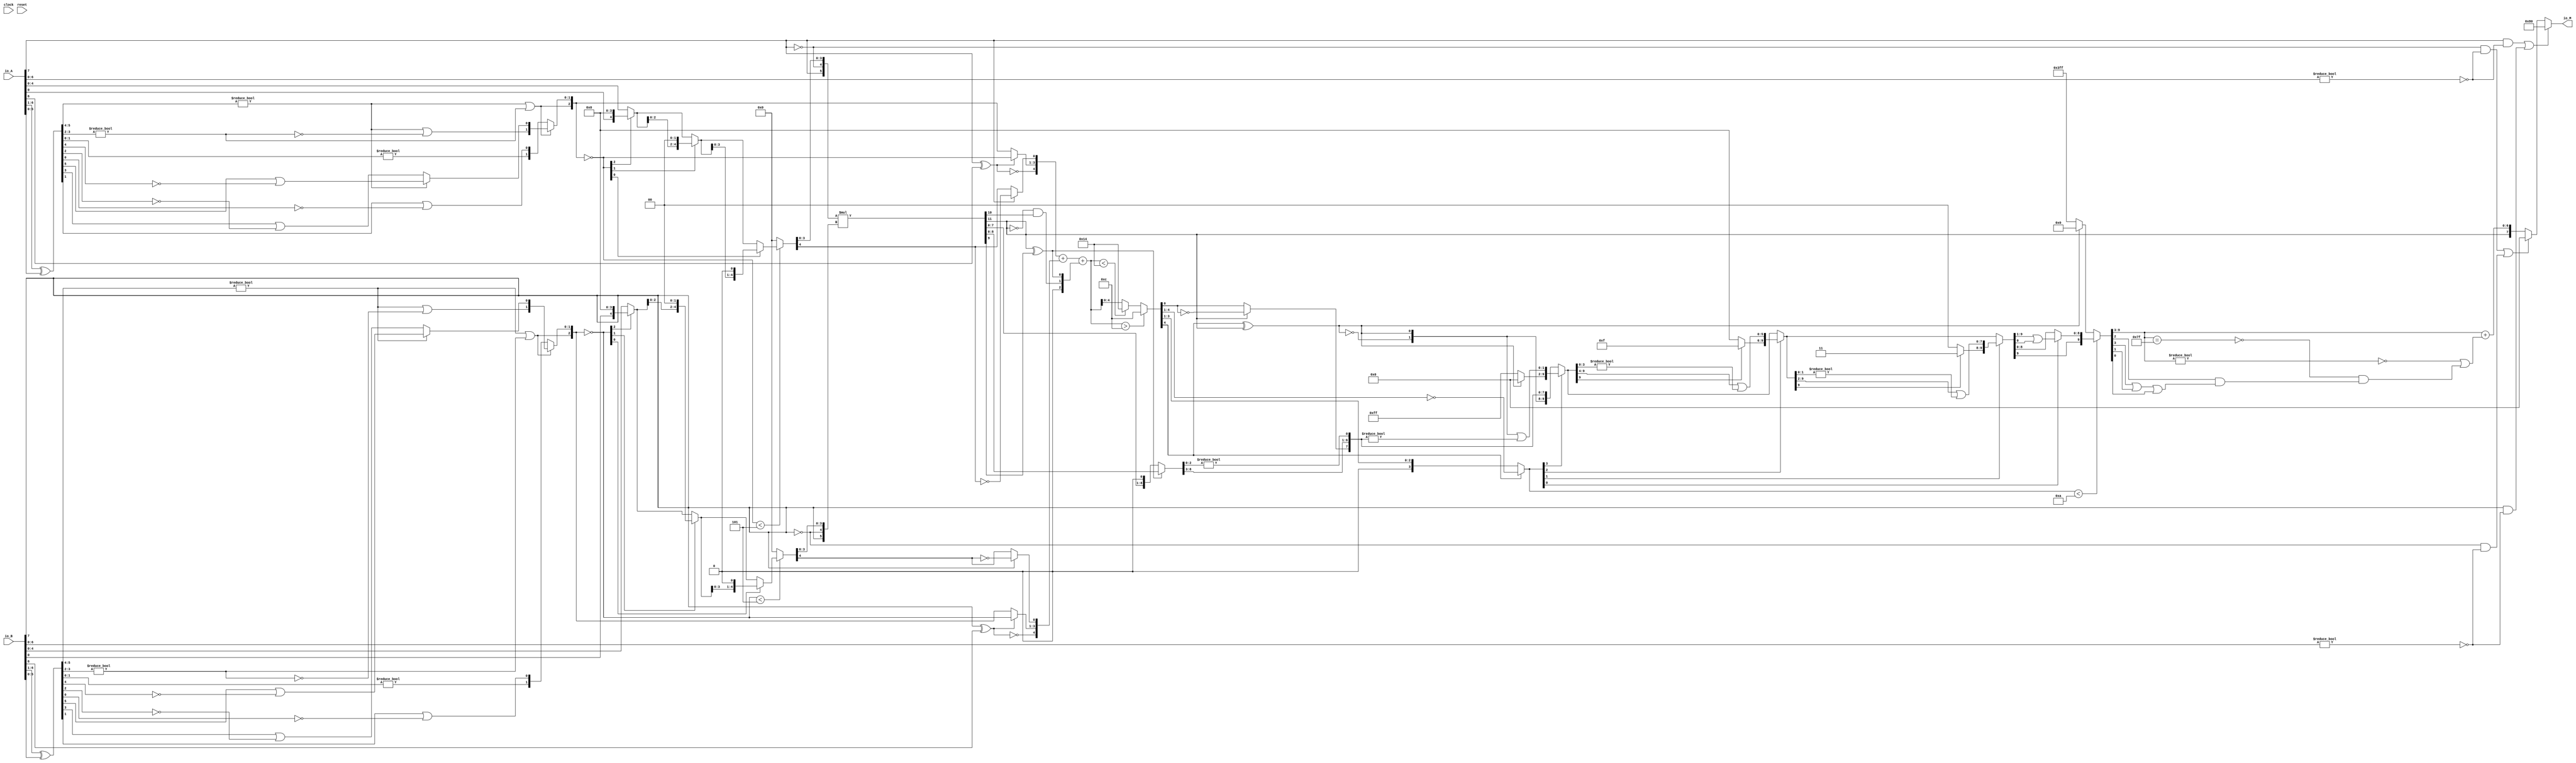
module PositMultiplier8_1(
  input        clock,
  input        reset,
  input  [7:0] io_A,
  input  [7:0] io_B,
  output [7:0] io_M
);
  wire  _T_1; // @[convert.scala 18:24]
  wire  _T_2; // @[convert.scala 18:40]
  wire  _T_3; // @[convert.scala 18:36]
  wire [5:0] _T_4; // @[convert.scala 19:24]
  wire [5:0] _T_5; // @[convert.scala 19:43]
  wire [5:0] _T_6; // @[convert.scala 19:39]
  wire [3:0] _T_7; // @[LZD.scala 43:32]
  wire [1:0] _T_8; // @[LZD.scala 43:32]
  wire  _T_9; // @[LZD.scala 39:14]
  wire  _T_10; // @[LZD.scala 39:21]
  wire  _T_11; // @[LZD.scala 39:30]
  wire  _T_12; // @[LZD.scala 39:27]
  wire  _T_13; // @[LZD.scala 39:25]
  wire [1:0] _T_14; // @[Cat.scala 29:58]
  wire [1:0] _T_15; // @[LZD.scala 44:32]
  wire  _T_16; // @[LZD.scala 39:14]
  wire  _T_17; // @[LZD.scala 39:21]
  wire  _T_18; // @[LZD.scala 39:30]
  wire  _T_19; // @[LZD.scala 39:27]
  wire  _T_20; // @[LZD.scala 39:25]
  wire [1:0] _T_21; // @[Cat.scala 29:58]
  wire  _T_22; // @[Shift.scala 12:21]
  wire  _T_23; // @[Shift.scala 12:21]
  wire  _T_24; // @[LZD.scala 49:16]
  wire  _T_25; // @[LZD.scala 49:27]
  wire  _T_26; // @[LZD.scala 49:25]
  wire  _T_27; // @[LZD.scala 49:47]
  wire  _T_28; // @[LZD.scala 49:59]
  wire  _T_29; // @[LZD.scala 49:35]
  wire [2:0] _T_31; // @[Cat.scala 29:58]
  wire [1:0] _T_32; // @[LZD.scala 44:32]
  wire  _T_33; // @[LZD.scala 39:14]
  wire  _T_34; // @[LZD.scala 39:21]
  wire  _T_35; // @[LZD.scala 39:30]
  wire  _T_36; // @[LZD.scala 39:27]
  wire  _T_37; // @[LZD.scala 39:25]
  wire [1:0] _T_38; // @[Cat.scala 29:58]
  wire  _T_39; // @[Shift.scala 12:21]
  wire [1:0] _T_41; // @[LZD.scala 55:32]
  wire [1:0] _T_42; // @[LZD.scala 55:20]
  wire [2:0] _T_43; // @[Cat.scala 29:58]
  wire [2:0] _T_44; // @[convert.scala 21:22]
  wire [4:0] _T_45; // @[convert.scala 22:36]
  wire  _T_46; // @[Shift.scala 16:24]
  wire  _T_48; // @[Shift.scala 12:21]
  wire  _T_49; // @[Shift.scala 64:52]
  wire [4:0] _T_51; // @[Cat.scala 29:58]
  wire [4:0] _T_52; // @[Shift.scala 64:27]
  wire [1:0] _T_53; // @[Shift.scala 66:70]
  wire  _T_54; // @[Shift.scala 12:21]
  wire [2:0] _T_55; // @[Shift.scala 64:52]
  wire [4:0] _T_57; // @[Cat.scala 29:58]
  wire [4:0] _T_58; // @[Shift.scala 64:27]
  wire  _T_59; // @[Shift.scala 66:70]
  wire [3:0] _T_61; // @[Shift.scala 64:52]
  wire [4:0] _T_62; // @[Cat.scala 29:58]
  wire [4:0] _T_63; // @[Shift.scala 64:27]
  wire [4:0] _T_64; // @[Shift.scala 16:10]
  wire  _T_65; // @[convert.scala 23:34]
  wire [3:0] decA_fraction; // @[convert.scala 24:34]
  wire  _T_67; // @[convert.scala 25:26]
  wire [2:0] _T_69; // @[convert.scala 25:42]
  wire  _T_72; // @[convert.scala 26:67]
  wire  _T_73; // @[convert.scala 26:51]
  wire [4:0] _T_74; // @[Cat.scala 29:58]
  wire [6:0] _T_76; // @[convert.scala 29:56]
  wire  _T_77; // @[convert.scala 29:60]
  wire  _T_78; // @[convert.scala 29:41]
  wire  decA_isNaR; // @[convert.scala 29:39]
  wire  _T_81; // @[convert.scala 30:19]
  wire  decA_isZero; // @[convert.scala 30:41]
  wire [4:0] decA_scale; // @[convert.scala 32:24]
  wire  _T_90; // @[convert.scala 18:24]
  wire  _T_91; // @[convert.scala 18:40]
  wire  _T_92; // @[convert.scala 18:36]
  wire [5:0] _T_93; // @[convert.scala 19:24]
  wire [5:0] _T_94; // @[convert.scala 19:43]
  wire [5:0] _T_95; // @[convert.scala 19:39]
  wire [3:0] _T_96; // @[LZD.scala 43:32]
  wire [1:0] _T_97; // @[LZD.scala 43:32]
  wire  _T_98; // @[LZD.scala 39:14]
  wire  _T_99; // @[LZD.scala 39:21]
  wire  _T_100; // @[LZD.scala 39:30]
  wire  _T_101; // @[LZD.scala 39:27]
  wire  _T_102; // @[LZD.scala 39:25]
  wire [1:0] _T_103; // @[Cat.scala 29:58]
  wire [1:0] _T_104; // @[LZD.scala 44:32]
  wire  _T_105; // @[LZD.scala 39:14]
  wire  _T_106; // @[LZD.scala 39:21]
  wire  _T_107; // @[LZD.scala 39:30]
  wire  _T_108; // @[LZD.scala 39:27]
  wire  _T_109; // @[LZD.scala 39:25]
  wire [1:0] _T_110; // @[Cat.scala 29:58]
  wire  _T_111; // @[Shift.scala 12:21]
  wire  _T_112; // @[Shift.scala 12:21]
  wire  _T_113; // @[LZD.scala 49:16]
  wire  _T_114; // @[LZD.scala 49:27]
  wire  _T_115; // @[LZD.scala 49:25]
  wire  _T_116; // @[LZD.scala 49:47]
  wire  _T_117; // @[LZD.scala 49:59]
  wire  _T_118; // @[LZD.scala 49:35]
  wire [2:0] _T_120; // @[Cat.scala 29:58]
  wire [1:0] _T_121; // @[LZD.scala 44:32]
  wire  _T_122; // @[LZD.scala 39:14]
  wire  _T_123; // @[LZD.scala 39:21]
  wire  _T_124; // @[LZD.scala 39:30]
  wire  _T_125; // @[LZD.scala 39:27]
  wire  _T_126; // @[LZD.scala 39:25]
  wire [1:0] _T_127; // @[Cat.scala 29:58]
  wire  _T_128; // @[Shift.scala 12:21]
  wire [1:0] _T_130; // @[LZD.scala 55:32]
  wire [1:0] _T_131; // @[LZD.scala 55:20]
  wire [2:0] _T_132; // @[Cat.scala 29:58]
  wire [2:0] _T_133; // @[convert.scala 21:22]
  wire [4:0] _T_134; // @[convert.scala 22:36]
  wire  _T_135; // @[Shift.scala 16:24]
  wire  _T_137; // @[Shift.scala 12:21]
  wire  _T_138; // @[Shift.scala 64:52]
  wire [4:0] _T_140; // @[Cat.scala 29:58]
  wire [4:0] _T_141; // @[Shift.scala 64:27]
  wire [1:0] _T_142; // @[Shift.scala 66:70]
  wire  _T_143; // @[Shift.scala 12:21]
  wire [2:0] _T_144; // @[Shift.scala 64:52]
  wire [4:0] _T_146; // @[Cat.scala 29:58]
  wire [4:0] _T_147; // @[Shift.scala 64:27]
  wire  _T_148; // @[Shift.scala 66:70]
  wire [3:0] _T_150; // @[Shift.scala 64:52]
  wire [4:0] _T_151; // @[Cat.scala 29:58]
  wire [4:0] _T_152; // @[Shift.scala 64:27]
  wire [4:0] _T_153; // @[Shift.scala 16:10]
  wire  _T_154; // @[convert.scala 23:34]
  wire [3:0] decB_fraction; // @[convert.scala 24:34]
  wire  _T_156; // @[convert.scala 25:26]
  wire [2:0] _T_158; // @[convert.scala 25:42]
  wire  _T_161; // @[convert.scala 26:67]
  wire  _T_162; // @[convert.scala 26:51]
  wire [4:0] _T_163; // @[Cat.scala 29:58]
  wire [6:0] _T_165; // @[convert.scala 29:56]
  wire  _T_166; // @[convert.scala 29:60]
  wire  _T_167; // @[convert.scala 29:41]
  wire  decB_isNaR; // @[convert.scala 29:39]
  wire  _T_170; // @[convert.scala 30:19]
  wire  decB_isZero; // @[convert.scala 30:41]
  wire [4:0] decB_scale; // @[convert.scala 32:24]
  wire  _T_178; // @[PositMultiplier.scala 43:34]
  wire [5:0] _T_180; // @[Cat.scala 29:58]
  wire [5:0] sigA; // @[PositMultiplier.scala 43:61]
  wire  _T_181; // @[PositMultiplier.scala 44:34]
  wire [5:0] _T_183; // @[Cat.scala 29:58]
  wire [5:0] sigB; // @[PositMultiplier.scala 44:61]
  wire [11:0] _T_184; // @[PositMultiplier.scala 45:25]
  wire [11:0] sigP; // @[PositMultiplier.scala 45:33]
  wire [1:0] head2; // @[PositMultiplier.scala 46:28]
  wire  _T_185; // @[PositMultiplier.scala 47:31]
  wire  _T_186; // @[PositMultiplier.scala 47:25]
  wire  _T_187; // @[PositMultiplier.scala 47:42]
  wire  addTwo; // @[PositMultiplier.scala 47:35]
  wire  _T_188; // @[PositMultiplier.scala 49:23]
  wire  _T_189; // @[PositMultiplier.scala 49:49]
  wire  addOne; // @[PositMultiplier.scala 49:43]
  wire [1:0] _T_190; // @[Cat.scala 29:58]
  wire [2:0] expBias; // @[PositMultiplier.scala 50:39]
  wire [8:0] _T_191; // @[PositMultiplier.scala 53:81]
  wire [7:0] _T_192; // @[PositMultiplier.scala 54:81]
  wire [8:0] _T_193; // @[PositMultiplier.scala 54:104]
  wire [8:0] frac; // @[PositMultiplier.scala 51:22]
  wire [5:0] _T_194; // @[PositMultiplier.scala 56:30]
  wire [5:0] _GEN_0; // @[PositMultiplier.scala 56:44]
  wire [5:0] _T_196; // @[PositMultiplier.scala 56:44]
  wire [5:0] mulScale; // @[PositMultiplier.scala 56:44]
  wire  underflow; // @[PositMultiplier.scala 57:28]
  wire  overflow; // @[PositMultiplier.scala 58:28]
  wire  decM_sign; // @[PositMultiplier.scala 62:29]
  wire [5:0] _T_199; // @[Mux.scala 87:16]
  wire [5:0] _T_200; // @[Mux.scala 87:16]
  wire [3:0] decM_fraction; // @[PositMultiplier.scala 70:29]
  wire  decM_isNaR; // @[PositMultiplier.scala 71:31]
  wire  decM_isZero; // @[PositMultiplier.scala 72:32]
  wire [4:0] grsTmp; // @[PositMultiplier.scala 75:30]
  wire [1:0] _T_204; // @[PositMultiplier.scala 78:32]
  wire [2:0] _T_205; // @[PositMultiplier.scala 78:48]
  wire  _T_206; // @[PositMultiplier.scala 78:52]
  wire [4:0] _GEN_1; // @[PositMultiplier.scala 60:23 PositMultiplier.scala 63:17]
  wire [4:0] decM_scale; // @[PositMultiplier.scala 60:23 PositMultiplier.scala 63:17]
  wire  _T_209; // @[convert.scala 46:61]
  wire  _T_210; // @[convert.scala 46:52]
  wire  _T_212; // @[convert.scala 46:42]
  wire [3:0] _T_213; // @[convert.scala 48:34]
  wire  _T_214; // @[convert.scala 49:36]
  wire [3:0] _T_216; // @[convert.scala 50:36]
  wire [3:0] _T_217; // @[convert.scala 50:36]
  wire [3:0] _T_218; // @[convert.scala 50:28]
  wire  _T_219; // @[convert.scala 51:31]
  wire  _T_220; // @[convert.scala 52:43]
  wire [9:0] _T_224; // @[Cat.scala 29:58]
  wire [3:0] _T_225; // @[Shift.scala 39:17]
  wire  _T_226; // @[Shift.scala 39:24]
  wire [1:0] _T_228; // @[Shift.scala 90:30]
  wire [7:0] _T_229; // @[Shift.scala 90:48]
  wire  _T_230; // @[Shift.scala 90:57]
  wire [1:0] _GEN_2; // @[Shift.scala 90:39]
  wire [1:0] _T_231; // @[Shift.scala 90:39]
  wire  _T_232; // @[Shift.scala 12:21]
  wire  _T_233; // @[Shift.scala 12:21]
  wire [7:0] _T_235; // @[Bitwise.scala 71:12]
  wire [9:0] _T_236; // @[Cat.scala 29:58]
  wire [9:0] _T_237; // @[Shift.scala 91:22]
  wire [2:0] _T_238; // @[Shift.scala 92:77]
  wire [5:0] _T_239; // @[Shift.scala 90:30]
  wire [3:0] _T_240; // @[Shift.scala 90:48]
  wire  _T_241; // @[Shift.scala 90:57]
  wire [5:0] _GEN_3; // @[Shift.scala 90:39]
  wire [5:0] _T_242; // @[Shift.scala 90:39]
  wire  _T_243; // @[Shift.scala 12:21]
  wire  _T_244; // @[Shift.scala 12:21]
  wire [3:0] _T_246; // @[Bitwise.scala 71:12]
  wire [9:0] _T_247; // @[Cat.scala 29:58]
  wire [9:0] _T_248; // @[Shift.scala 91:22]
  wire [1:0] _T_249; // @[Shift.scala 92:77]
  wire [7:0] _T_250; // @[Shift.scala 90:30]
  wire [1:0] _T_251; // @[Shift.scala 90:48]
  wire  _T_252; // @[Shift.scala 90:57]
  wire [7:0] _GEN_4; // @[Shift.scala 90:39]
  wire [7:0] _T_253; // @[Shift.scala 90:39]
  wire  _T_254; // @[Shift.scala 12:21]
  wire  _T_255; // @[Shift.scala 12:21]
  wire [1:0] _T_257; // @[Bitwise.scala 71:12]
  wire [9:0] _T_258; // @[Cat.scala 29:58]
  wire [9:0] _T_259; // @[Shift.scala 91:22]
  wire  _T_260; // @[Shift.scala 92:77]
  wire [8:0] _T_261; // @[Shift.scala 90:30]
  wire  _T_262; // @[Shift.scala 90:48]
  wire [8:0] _GEN_5; // @[Shift.scala 90:39]
  wire [8:0] _T_264; // @[Shift.scala 90:39]
  wire  _T_266; // @[Shift.scala 12:21]
  wire [9:0] _T_267; // @[Cat.scala 29:58]
  wire [9:0] _T_268; // @[Shift.scala 91:22]
  wire [9:0] _T_271; // @[Bitwise.scala 71:12]
  wire [9:0] _T_272; // @[Shift.scala 39:10]
  wire  _T_273; // @[convert.scala 55:31]
  wire  _T_274; // @[convert.scala 56:31]
  wire  _T_275; // @[convert.scala 57:31]
  wire  _T_276; // @[convert.scala 58:31]
  wire [6:0] _T_277; // @[convert.scala 59:69]
  wire  _T_278; // @[convert.scala 59:81]
  wire  _T_279; // @[convert.scala 59:50]
  wire  _T_281; // @[convert.scala 60:81]
  wire  _T_282; // @[convert.scala 61:44]
  wire  _T_283; // @[convert.scala 61:52]
  wire  _T_284; // @[convert.scala 61:36]
  wire  _T_285; // @[convert.scala 62:63]
  wire  _T_286; // @[convert.scala 62:103]
  wire  _T_287; // @[convert.scala 62:60]
  wire [6:0] _GEN_6; // @[convert.scala 63:56]
  wire [6:0] _T_290; // @[convert.scala 63:56]
  wire [7:0] _T_291; // @[Cat.scala 29:58]
  wire [7:0] _T_293; // @[Mux.scala 87:16]
  assign _T_1 = io_A[7]; // @[convert.scala 18:24]
  assign _T_2 = io_A[6]; // @[convert.scala 18:40]
  assign _T_3 = _T_1 ^ _T_2; // @[convert.scala 18:36]
  assign _T_4 = io_A[6:1]; // @[convert.scala 19:24]
  assign _T_5 = io_A[5:0]; // @[convert.scala 19:43]
  assign _T_6 = _T_4 ^ _T_5; // @[convert.scala 19:39]
  assign _T_7 = _T_6[5:2]; // @[LZD.scala 43:32]
  assign _T_8 = _T_7[3:2]; // @[LZD.scala 43:32]
  assign _T_9 = _T_8 != 2'h0; // @[LZD.scala 39:14]
  assign _T_10 = _T_8[1]; // @[LZD.scala 39:21]
  assign _T_11 = _T_8[0]; // @[LZD.scala 39:30]
  assign _T_12 = ~ _T_11; // @[LZD.scala 39:27]
  assign _T_13 = _T_10 | _T_12; // @[LZD.scala 39:25]
  assign _T_14 = {_T_9,_T_13}; // @[Cat.scala 29:58]
  assign _T_15 = _T_7[1:0]; // @[LZD.scala 44:32]
  assign _T_16 = _T_15 != 2'h0; // @[LZD.scala 39:14]
  assign _T_17 = _T_15[1]; // @[LZD.scala 39:21]
  assign _T_18 = _T_15[0]; // @[LZD.scala 39:30]
  assign _T_19 = ~ _T_18; // @[LZD.scala 39:27]
  assign _T_20 = _T_17 | _T_19; // @[LZD.scala 39:25]
  assign _T_21 = {_T_16,_T_20}; // @[Cat.scala 29:58]
  assign _T_22 = _T_14[1]; // @[Shift.scala 12:21]
  assign _T_23 = _T_21[1]; // @[Shift.scala 12:21]
  assign _T_24 = _T_22 | _T_23; // @[LZD.scala 49:16]
  assign _T_25 = ~ _T_23; // @[LZD.scala 49:27]
  assign _T_26 = _T_22 | _T_25; // @[LZD.scala 49:25]
  assign _T_27 = _T_14[0:0]; // @[LZD.scala 49:47]
  assign _T_28 = _T_21[0:0]; // @[LZD.scala 49:59]
  assign _T_29 = _T_22 ? _T_27 : _T_28; // @[LZD.scala 49:35]
  assign _T_31 = {_T_24,_T_26,_T_29}; // @[Cat.scala 29:58]
  assign _T_32 = _T_6[1:0]; // @[LZD.scala 44:32]
  assign _T_33 = _T_32 != 2'h0; // @[LZD.scala 39:14]
  assign _T_34 = _T_32[1]; // @[LZD.scala 39:21]
  assign _T_35 = _T_32[0]; // @[LZD.scala 39:30]
  assign _T_36 = ~ _T_35; // @[LZD.scala 39:27]
  assign _T_37 = _T_34 | _T_36; // @[LZD.scala 39:25]
  assign _T_38 = {_T_33,_T_37}; // @[Cat.scala 29:58]
  assign _T_39 = _T_31[2]; // @[Shift.scala 12:21]
  assign _T_41 = _T_31[1:0]; // @[LZD.scala 55:32]
  assign _T_42 = _T_39 ? _T_41 : _T_38; // @[LZD.scala 55:20]
  assign _T_43 = {_T_39,_T_42}; // @[Cat.scala 29:58]
  assign _T_44 = ~ _T_43; // @[convert.scala 21:22]
  assign _T_45 = io_A[4:0]; // @[convert.scala 22:36]
  assign _T_46 = _T_44 < 3'h5; // @[Shift.scala 16:24]
  assign _T_48 = _T_44[2]; // @[Shift.scala 12:21]
  assign _T_49 = _T_45[0:0]; // @[Shift.scala 64:52]
  assign _T_51 = {_T_49,4'h0}; // @[Cat.scala 29:58]
  assign _T_52 = _T_48 ? _T_51 : _T_45; // @[Shift.scala 64:27]
  assign _T_53 = _T_44[1:0]; // @[Shift.scala 66:70]
  assign _T_54 = _T_53[1]; // @[Shift.scala 12:21]
  assign _T_55 = _T_52[2:0]; // @[Shift.scala 64:52]
  assign _T_57 = {_T_55,2'h0}; // @[Cat.scala 29:58]
  assign _T_58 = _T_54 ? _T_57 : _T_52; // @[Shift.scala 64:27]
  assign _T_59 = _T_53[0:0]; // @[Shift.scala 66:70]
  assign _T_61 = _T_58[3:0]; // @[Shift.scala 64:52]
  assign _T_62 = {_T_61,1'h0}; // @[Cat.scala 29:58]
  assign _T_63 = _T_59 ? _T_62 : _T_58; // @[Shift.scala 64:27]
  assign _T_64 = _T_46 ? _T_63 : 5'h0; // @[Shift.scala 16:10]
  assign _T_65 = _T_64[4:4]; // @[convert.scala 23:34]
  assign decA_fraction = _T_64[3:0]; // @[convert.scala 24:34]
  assign _T_67 = _T_3 == 1'h0; // @[convert.scala 25:26]
  assign _T_69 = _T_3 ? _T_44 : _T_43; // @[convert.scala 25:42]
  assign _T_72 = ~ _T_65; // @[convert.scala 26:67]
  assign _T_73 = _T_1 ? _T_72 : _T_65; // @[convert.scala 26:51]
  assign _T_74 = {_T_67,_T_69,_T_73}; // @[Cat.scala 29:58]
  assign _T_76 = io_A[6:0]; // @[convert.scala 29:56]
  assign _T_77 = _T_76 != 7'h0; // @[convert.scala 29:60]
  assign _T_78 = ~ _T_77; // @[convert.scala 29:41]
  assign decA_isNaR = _T_1 & _T_78; // @[convert.scala 29:39]
  assign _T_81 = _T_1 == 1'h0; // @[convert.scala 30:19]
  assign decA_isZero = _T_81 & _T_78; // @[convert.scala 30:41]
  assign decA_scale = $signed(_T_74); // @[convert.scala 32:24]
  assign _T_90 = io_B[7]; // @[convert.scala 18:24]
  assign _T_91 = io_B[6]; // @[convert.scala 18:40]
  assign _T_92 = _T_90 ^ _T_91; // @[convert.scala 18:36]
  assign _T_93 = io_B[6:1]; // @[convert.scala 19:24]
  assign _T_94 = io_B[5:0]; // @[convert.scala 19:43]
  assign _T_95 = _T_93 ^ _T_94; // @[convert.scala 19:39]
  assign _T_96 = _T_95[5:2]; // @[LZD.scala 43:32]
  assign _T_97 = _T_96[3:2]; // @[LZD.scala 43:32]
  assign _T_98 = _T_97 != 2'h0; // @[LZD.scala 39:14]
  assign _T_99 = _T_97[1]; // @[LZD.scala 39:21]
  assign _T_100 = _T_97[0]; // @[LZD.scala 39:30]
  assign _T_101 = ~ _T_100; // @[LZD.scala 39:27]
  assign _T_102 = _T_99 | _T_101; // @[LZD.scala 39:25]
  assign _T_103 = {_T_98,_T_102}; // @[Cat.scala 29:58]
  assign _T_104 = _T_96[1:0]; // @[LZD.scala 44:32]
  assign _T_105 = _T_104 != 2'h0; // @[LZD.scala 39:14]
  assign _T_106 = _T_104[1]; // @[LZD.scala 39:21]
  assign _T_107 = _T_104[0]; // @[LZD.scala 39:30]
  assign _T_108 = ~ _T_107; // @[LZD.scala 39:27]
  assign _T_109 = _T_106 | _T_108; // @[LZD.scala 39:25]
  assign _T_110 = {_T_105,_T_109}; // @[Cat.scala 29:58]
  assign _T_111 = _T_103[1]; // @[Shift.scala 12:21]
  assign _T_112 = _T_110[1]; // @[Shift.scala 12:21]
  assign _T_113 = _T_111 | _T_112; // @[LZD.scala 49:16]
  assign _T_114 = ~ _T_112; // @[LZD.scala 49:27]
  assign _T_115 = _T_111 | _T_114; // @[LZD.scala 49:25]
  assign _T_116 = _T_103[0:0]; // @[LZD.scala 49:47]
  assign _T_117 = _T_110[0:0]; // @[LZD.scala 49:59]
  assign _T_118 = _T_111 ? _T_116 : _T_117; // @[LZD.scala 49:35]
  assign _T_120 = {_T_113,_T_115,_T_118}; // @[Cat.scala 29:58]
  assign _T_121 = _T_95[1:0]; // @[LZD.scala 44:32]
  assign _T_122 = _T_121 != 2'h0; // @[LZD.scala 39:14]
  assign _T_123 = _T_121[1]; // @[LZD.scala 39:21]
  assign _T_124 = _T_121[0]; // @[LZD.scala 39:30]
  assign _T_125 = ~ _T_124; // @[LZD.scala 39:27]
  assign _T_126 = _T_123 | _T_125; // @[LZD.scala 39:25]
  assign _T_127 = {_T_122,_T_126}; // @[Cat.scala 29:58]
  assign _T_128 = _T_120[2]; // @[Shift.scala 12:21]
  assign _T_130 = _T_120[1:0]; // @[LZD.scala 55:32]
  assign _T_131 = _T_128 ? _T_130 : _T_127; // @[LZD.scala 55:20]
  assign _T_132 = {_T_128,_T_131}; // @[Cat.scala 29:58]
  assign _T_133 = ~ _T_132; // @[convert.scala 21:22]
  assign _T_134 = io_B[4:0]; // @[convert.scala 22:36]
  assign _T_135 = _T_133 < 3'h5; // @[Shift.scala 16:24]
  assign _T_137 = _T_133[2]; // @[Shift.scala 12:21]
  assign _T_138 = _T_134[0:0]; // @[Shift.scala 64:52]
  assign _T_140 = {_T_138,4'h0}; // @[Cat.scala 29:58]
  assign _T_141 = _T_137 ? _T_140 : _T_134; // @[Shift.scala 64:27]
  assign _T_142 = _T_133[1:0]; // @[Shift.scala 66:70]
  assign _T_143 = _T_142[1]; // @[Shift.scala 12:21]
  assign _T_144 = _T_141[2:0]; // @[Shift.scala 64:52]
  assign _T_146 = {_T_144,2'h0}; // @[Cat.scala 29:58]
  assign _T_147 = _T_143 ? _T_146 : _T_141; // @[Shift.scala 64:27]
  assign _T_148 = _T_142[0:0]; // @[Shift.scala 66:70]
  assign _T_150 = _T_147[3:0]; // @[Shift.scala 64:52]
  assign _T_151 = {_T_150,1'h0}; // @[Cat.scala 29:58]
  assign _T_152 = _T_148 ? _T_151 : _T_147; // @[Shift.scala 64:27]
  assign _T_153 = _T_135 ? _T_152 : 5'h0; // @[Shift.scala 16:10]
  assign _T_154 = _T_153[4:4]; // @[convert.scala 23:34]
  assign decB_fraction = _T_153[3:0]; // @[convert.scala 24:34]
  assign _T_156 = _T_92 == 1'h0; // @[convert.scala 25:26]
  assign _T_158 = _T_92 ? _T_133 : _T_132; // @[convert.scala 25:42]
  assign _T_161 = ~ _T_154; // @[convert.scala 26:67]
  assign _T_162 = _T_90 ? _T_161 : _T_154; // @[convert.scala 26:51]
  assign _T_163 = {_T_156,_T_158,_T_162}; // @[Cat.scala 29:58]
  assign _T_165 = io_B[6:0]; // @[convert.scala 29:56]
  assign _T_166 = _T_165 != 7'h0; // @[convert.scala 29:60]
  assign _T_167 = ~ _T_166; // @[convert.scala 29:41]
  assign decB_isNaR = _T_90 & _T_167; // @[convert.scala 29:39]
  assign _T_170 = _T_90 == 1'h0; // @[convert.scala 30:19]
  assign decB_isZero = _T_170 & _T_167; // @[convert.scala 30:41]
  assign decB_scale = $signed(_T_163); // @[convert.scala 32:24]
  assign _T_178 = ~ _T_1; // @[PositMultiplier.scala 43:34]
  assign _T_180 = {_T_1,_T_178,decA_fraction}; // @[Cat.scala 29:58]
  assign sigA = $signed(_T_180); // @[PositMultiplier.scala 43:61]
  assign _T_181 = ~ _T_90; // @[PositMultiplier.scala 44:34]
  assign _T_183 = {_T_90,_T_181,decB_fraction}; // @[Cat.scala 29:58]
  assign sigB = $signed(_T_183); // @[PositMultiplier.scala 44:61]
  assign _T_184 = $signed(sigA) * $signed(sigB); // @[PositMultiplier.scala 45:25]
  assign sigP = $unsigned(_T_184); // @[PositMultiplier.scala 45:33]
  assign head2 = sigP[11:10]; // @[PositMultiplier.scala 46:28]
  assign _T_185 = head2[1]; // @[PositMultiplier.scala 47:31]
  assign _T_186 = ~ _T_185; // @[PositMultiplier.scala 47:25]
  assign _T_187 = head2[0]; // @[PositMultiplier.scala 47:42]
  assign addTwo = _T_186 & _T_187; // @[PositMultiplier.scala 47:35]
  assign _T_188 = sigP[11]; // @[PositMultiplier.scala 49:23]
  assign _T_189 = sigP[9]; // @[PositMultiplier.scala 49:49]
  assign addOne = _T_188 ^ _T_189; // @[PositMultiplier.scala 49:43]
  assign _T_190 = {addTwo,addOne}; // @[Cat.scala 29:58]
  assign expBias = {1'b0,$signed(_T_190)}; // @[PositMultiplier.scala 50:39]
  assign _T_191 = sigP[8:0]; // @[PositMultiplier.scala 53:81]
  assign _T_192 = sigP[7:0]; // @[PositMultiplier.scala 54:81]
  assign _T_193 = {_T_192, 1'h0}; // @[PositMultiplier.scala 54:104]
  assign frac = addOne ? _T_191 : _T_193; // @[PositMultiplier.scala 51:22]
  assign _T_194 = $signed(decA_scale) + $signed(decB_scale); // @[PositMultiplier.scala 56:30]
  assign _GEN_0 = {{3{expBias[2]}},expBias}; // @[PositMultiplier.scala 56:44]
  assign _T_196 = $signed(_T_194) + $signed(_GEN_0); // @[PositMultiplier.scala 56:44]
  assign mulScale = $signed(_T_196); // @[PositMultiplier.scala 56:44]
  assign underflow = $signed(mulScale) < $signed(-6'shc); // @[PositMultiplier.scala 57:28]
  assign overflow = $signed(mulScale) > $signed(6'shc); // @[PositMultiplier.scala 58:28]
  assign decM_sign = sigP[11:11]; // @[PositMultiplier.scala 62:29]
  assign _T_199 = underflow ? $signed(-6'shc) : $signed(mulScale); // @[Mux.scala 87:16]
  assign _T_200 = overflow ? $signed(6'shc) : $signed(_T_199); // @[Mux.scala 87:16]
  assign decM_fraction = frac[8:5]; // @[PositMultiplier.scala 70:29]
  assign decM_isNaR = decA_isNaR | decB_isNaR; // @[PositMultiplier.scala 71:31]
  assign decM_isZero = decA_isZero | decB_isZero; // @[PositMultiplier.scala 72:32]
  assign grsTmp = frac[4:0]; // @[PositMultiplier.scala 75:30]
  assign _T_204 = grsTmp[4:3]; // @[PositMultiplier.scala 78:32]
  assign _T_205 = grsTmp[2:0]; // @[PositMultiplier.scala 78:48]
  assign _T_206 = _T_205 != 3'h0; // @[PositMultiplier.scala 78:52]
  assign _GEN_1 = _T_200[4:0]; // @[PositMultiplier.scala 60:23 PositMultiplier.scala 63:17]
  assign decM_scale = $signed(_GEN_1); // @[PositMultiplier.scala 60:23 PositMultiplier.scala 63:17]
  assign _T_209 = decM_scale[0]; // @[convert.scala 46:61]
  assign _T_210 = ~ _T_209; // @[convert.scala 46:52]
  assign _T_212 = decM_sign ? _T_210 : _T_209; // @[convert.scala 46:42]
  assign _T_213 = decM_scale[4:1]; // @[convert.scala 48:34]
  assign _T_214 = _T_213[3:3]; // @[convert.scala 49:36]
  assign _T_216 = ~ _T_213; // @[convert.scala 50:36]
  assign _T_217 = $signed(_T_216); // @[convert.scala 50:36]
  assign _T_218 = _T_214 ? $signed(_T_217) : $signed(_T_213); // @[convert.scala 50:28]
  assign _T_219 = _T_214 ^ decM_sign; // @[convert.scala 51:31]
  assign _T_220 = ~ _T_219; // @[convert.scala 52:43]
  assign _T_224 = {_T_220,_T_219,_T_212,decM_fraction,_T_204,_T_206}; // @[Cat.scala 29:58]
  assign _T_225 = $unsigned(_T_218); // @[Shift.scala 39:17]
  assign _T_226 = _T_225 < 4'ha; // @[Shift.scala 39:24]
  assign _T_228 = _T_224[9:8]; // @[Shift.scala 90:30]
  assign _T_229 = _T_224[7:0]; // @[Shift.scala 90:48]
  assign _T_230 = _T_229 != 8'h0; // @[Shift.scala 90:57]
  assign _GEN_2 = {{1'd0}, _T_230}; // @[Shift.scala 90:39]
  assign _T_231 = _T_228 | _GEN_2; // @[Shift.scala 90:39]
  assign _T_232 = _T_225[3]; // @[Shift.scala 12:21]
  assign _T_233 = _T_224[9]; // @[Shift.scala 12:21]
  assign _T_235 = _T_233 ? 8'hff : 8'h0; // @[Bitwise.scala 71:12]
  assign _T_236 = {_T_235,_T_231}; // @[Cat.scala 29:58]
  assign _T_237 = _T_232 ? _T_236 : _T_224; // @[Shift.scala 91:22]
  assign _T_238 = _T_225[2:0]; // @[Shift.scala 92:77]
  assign _T_239 = _T_237[9:4]; // @[Shift.scala 90:30]
  assign _T_240 = _T_237[3:0]; // @[Shift.scala 90:48]
  assign _T_241 = _T_240 != 4'h0; // @[Shift.scala 90:57]
  assign _GEN_3 = {{5'd0}, _T_241}; // @[Shift.scala 90:39]
  assign _T_242 = _T_239 | _GEN_3; // @[Shift.scala 90:39]
  assign _T_243 = _T_238[2]; // @[Shift.scala 12:21]
  assign _T_244 = _T_237[9]; // @[Shift.scala 12:21]
  assign _T_246 = _T_244 ? 4'hf : 4'h0; // @[Bitwise.scala 71:12]
  assign _T_247 = {_T_246,_T_242}; // @[Cat.scala 29:58]
  assign _T_248 = _T_243 ? _T_247 : _T_237; // @[Shift.scala 91:22]
  assign _T_249 = _T_238[1:0]; // @[Shift.scala 92:77]
  assign _T_250 = _T_248[9:2]; // @[Shift.scala 90:30]
  assign _T_251 = _T_248[1:0]; // @[Shift.scala 90:48]
  assign _T_252 = _T_251 != 2'h0; // @[Shift.scala 90:57]
  assign _GEN_4 = {{7'd0}, _T_252}; // @[Shift.scala 90:39]
  assign _T_253 = _T_250 | _GEN_4; // @[Shift.scala 90:39]
  assign _T_254 = _T_249[1]; // @[Shift.scala 12:21]
  assign _T_255 = _T_248[9]; // @[Shift.scala 12:21]
  assign _T_257 = _T_255 ? 2'h3 : 2'h0; // @[Bitwise.scala 71:12]
  assign _T_258 = {_T_257,_T_253}; // @[Cat.scala 29:58]
  assign _T_259 = _T_254 ? _T_258 : _T_248; // @[Shift.scala 91:22]
  assign _T_260 = _T_249[0:0]; // @[Shift.scala 92:77]
  assign _T_261 = _T_259[9:1]; // @[Shift.scala 90:30]
  assign _T_262 = _T_259[0:0]; // @[Shift.scala 90:48]
  assign _GEN_5 = {{8'd0}, _T_262}; // @[Shift.scala 90:39]
  assign _T_264 = _T_261 | _GEN_5; // @[Shift.scala 90:39]
  assign _T_266 = _T_259[9]; // @[Shift.scala 12:21]
  assign _T_267 = {_T_266,_T_264}; // @[Cat.scala 29:58]
  assign _T_268 = _T_260 ? _T_267 : _T_259; // @[Shift.scala 91:22]
  assign _T_271 = _T_233 ? 10'h3ff : 10'h0; // @[Bitwise.scala 71:12]
  assign _T_272 = _T_226 ? _T_268 : _T_271; // @[Shift.scala 39:10]
  assign _T_273 = _T_272[3]; // @[convert.scala 55:31]
  assign _T_274 = _T_272[2]; // @[convert.scala 56:31]
  assign _T_275 = _T_272[1]; // @[convert.scala 57:31]
  assign _T_276 = _T_272[0]; // @[convert.scala 58:31]
  assign _T_277 = _T_272[9:3]; // @[convert.scala 59:69]
  assign _T_278 = _T_277 != 7'h0; // @[convert.scala 59:81]
  assign _T_279 = ~ _T_278; // @[convert.scala 59:50]
  assign _T_281 = _T_277 == 7'h7f; // @[convert.scala 60:81]
  assign _T_282 = _T_273 | _T_275; // @[convert.scala 61:44]
  assign _T_283 = _T_282 | _T_276; // @[convert.scala 61:52]
  assign _T_284 = _T_274 & _T_283; // @[convert.scala 61:36]
  assign _T_285 = ~ _T_281; // @[convert.scala 62:63]
  assign _T_286 = _T_285 & _T_284; // @[convert.scala 62:103]
  assign _T_287 = _T_279 | _T_286; // @[convert.scala 62:60]
  assign _GEN_6 = {{6'd0}, _T_287}; // @[convert.scala 63:56]
  assign _T_290 = _T_277 + _GEN_6; // @[convert.scala 63:56]
  assign _T_291 = {decM_sign,_T_290}; // @[Cat.scala 29:58]
  assign _T_293 = decM_isZero ? 8'h0 : _T_291; // @[Mux.scala 87:16]
  assign io_M = decM_isNaR ? 8'h80 : _T_293; // @[PositMultiplier.scala 86:8]
endmodule